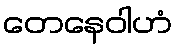
တေနေဝါဟံ